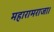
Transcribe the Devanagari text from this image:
महारामराजा।